Lunatic asylums Burma 1907-21 - 1907-1921
Year: 1907
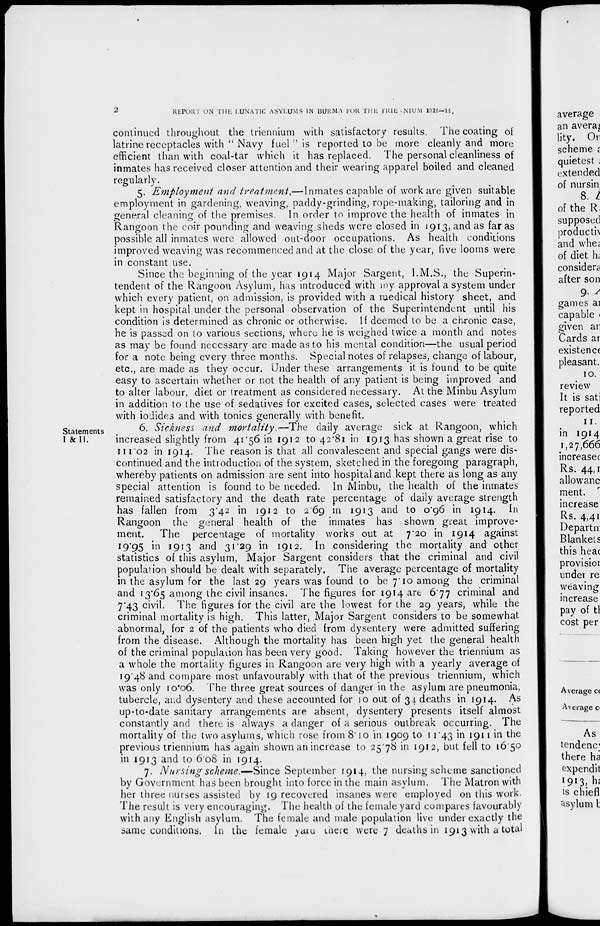
2
REPORT
ON THE LUNATIC ASYLUMS IN BURMA FOR THE TRIENNIUM 1912—14.
continued throughout the triennium with satisfactory results. The coating of
latrine receptacles with " Navy fuel " is reported to be more cleanly and more
efficient than with coal-tar which it has replaced. The personal cleanliness of
inmates has received closer attention and their wearing apparel boiled and cleaned
regularly.
5. Employment and treatment.—Inmates capable of work are given suitable
employment in gardening, weaving, paddy-grinding, rope-making, tailoring and in
general cleaning of the premises. In order to improve the health of inmates in
Rangoon the coir pounding and weaving sheds were closed in 1913, and as far as
possible all inmates were allowed out-door occupations. As health conditions
improved weaving was recommenced and at the close of the year, five looms were
in constant use.
Since the beginning of the year 1914 Major Sargent, I.M.S., the Superin-
tendent of the Rangoon Asylum, has introduced with my approval a system under
which every patient, on admission, is provided with a medical history sheet, and
kept in hospital under the personal observation of the Superintendent until his
condition is determined as chronic or otherwise. If deemed to be a chronic case,
he is passed on to various sections, where he is weighed twice a month and notes
as may be found necessary are made as to his mental condition—the usual period
for a note being every three months. Special notes of relapses, change of labour,
etc., are made as they occur. Under these arrangements it is found to be quite
easy to ascertain whether or not the health of any patient is being improved and
to alter labour, diet or treatment as considered necessary. At the Minbu Asylum
in addition to the use of sedatives for excited cases, selected cases were treated
with iodides and with tonics generally with benefit.
Statements
I & II.
6. Sickness and mortality.—The daily average sick at Rangoon, which
increased slightly from 41.56 in 1912 to 42.81 in 1913 has shown a great rise to
111.02 in 1914. The reason is that all convalescent and special gangs were dis-
continued and the introduction of the system, sketched in the foregoing paragraph,
whereby patients on admission are sent into hospital and kept there as long as any
special attention is found to be needed. In Minbu, the health of the inmates
remained satisfactory and the death rate percentage of daily average strength
has fallen from 3.42 in 1912 to 2.69 in 1913 and to 0.96 in 1914. In
Rangoon the general health of the inmates has shown great improve-
ment. The percentage of mortality works out at 7.20 in 1914 against
19.95 in 1913 and 31.29 in 1912. In considering the mortality and other
statistics of this asylum, Major Sargent considers that the criminal and civil
population should be dealt with separately. The average percentage of mortality
in the asylum for the last 29 years was found to be 7.10 among the criminal
and 13.65 among the civil insanes. The figures for 1914 are 6.77 criminal and
7.43 civil. The figures for the civil are the lowest for the 29 years, while the
criminal mortality is high. This latter, Major Sargent considers to be somewhat
abnormal, for 2 of the patients who died from dysentery were admitted suffering
from the disease. Although the mortality has been high yet the general health
of the criminal population has been very good. Taking however the triennium as
a whole the mortality figures in Rangoon are very high with a yearly average of
19.48 and compare most unfavourably with that of the previous triennium, which
was only 10.06. The three great sources of danger in the asylum are pneumonia,
tubercle, and dysentery and these accounted for 10 out of 34 deaths in 1914. As
up-to-date sanitary arrangements are absent, dysentery presents itself almost
constantly and there is always a danger of a serious outbreak occurring. The
mortality of the two asylums, which rose from 8.10 in 1909 to 11.43 in 1911 in the
previous triennium has again shown an increase to 25.78 in 1912, but fell to 16.50
in 1913 and to 6.08 in 1914.
7. Nursing scheme.—-Since September 1914, the nursing scheme sanctioned
by Government has been brought into force in the main asylum. The Matron with
her three nurses assisted by 19 recovered insanes were employed on this work.
The result is very encouraging. The health of the female yard compares favourably
with any English asylum. The female and male population live under exactly the
same conditions. In the female yard there were 7 deaths in 1913 with a total